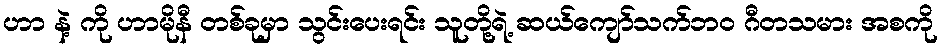
ဟာ နဲ့ ကို ဟာမိုနီ တစ်ခုမှာ သွင်းပေးရင်း သူတို့ရဲ့ ဆယ်ကျော်သက်ဘဝ ဂီတသမား အစကို